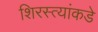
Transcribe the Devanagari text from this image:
शिरस्त्यांकडे